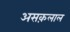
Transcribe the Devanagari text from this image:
असक़लाल